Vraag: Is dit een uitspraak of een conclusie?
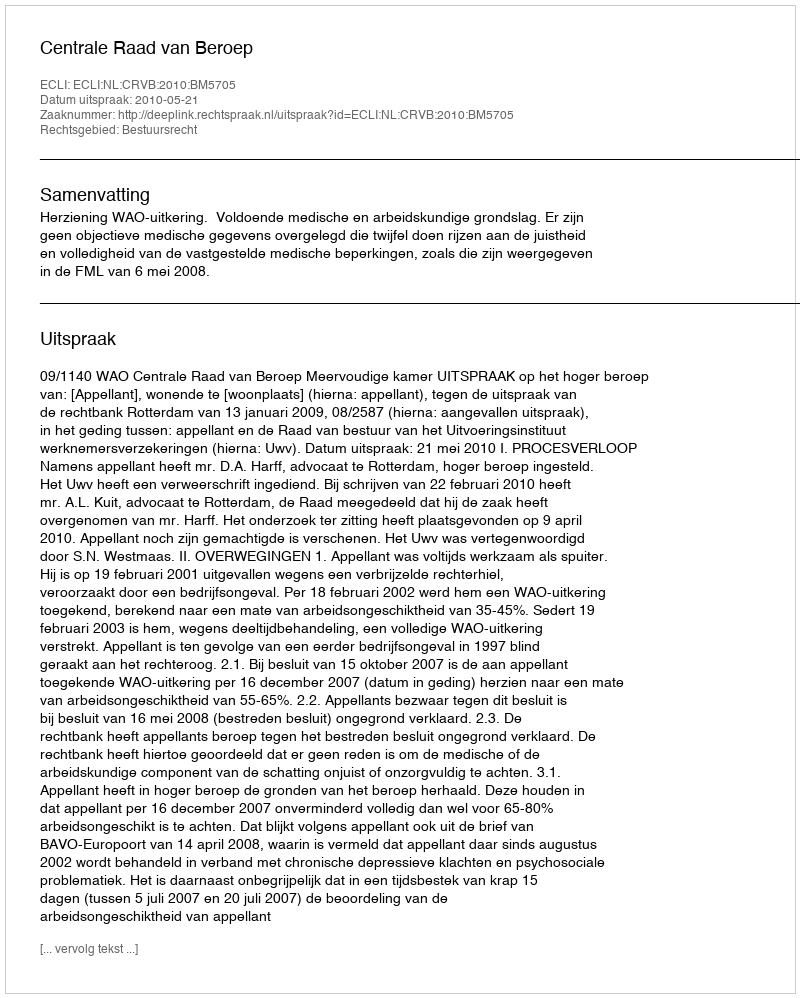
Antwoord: Uitspraak